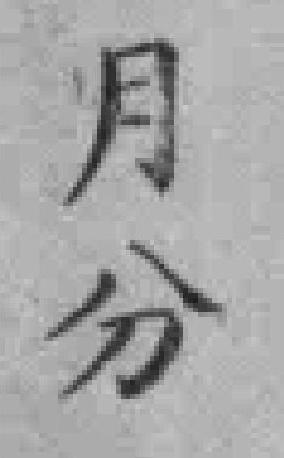
月分